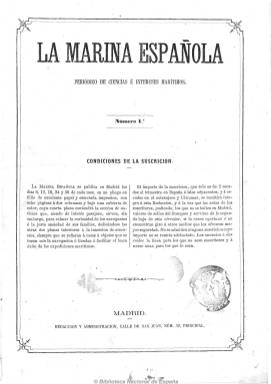
Título: La Marina española
Colección: Navegación
Ámbito geográfico: Madrid
Lugar de publicación: Madrid
Fechas: 06/11/1867-30/12/1868

Subtitulado “periódico de ciencias e intereses marítimos”, es un semanario de doce páginas por número que comienza a publicarse el seis de noviembre de 1867, bajo la dirección del teniente de navío Jesualdo Domínguez y Ruiz-Giménez, siendo editor responsable Ricardo Caballero. Su objetivo es la defensa de las necesidades, aspiraciones e intereses de los integrantes de la Marina de guerra española, pero también de la mercante o comercial, a la vez que da a conocer los adelantos de las ciencias náuticas.

Incluye artículos sobre la historia de la Armada española y sus posibles reformas, pero también otros concernientes al comercio y a la industria marítima, sus puertos, además de otros dedicados a las flotas de países extranjeros, con datos estadísticos sobre las mismas. Tiene una sección de noticias en la que ofrece legislación del Ministerio de Marina, preferentemente sobre el movimiento de su personal, subastas, etc. También publica necrológicas y biografías, y algunos textos de creación literaria, así como avisos de la Dirección de Hidrografía para los navegantes.

Aunque en su primer número expresa que no tendrá carácter político, tras el triunfo de la Gloriosa se mostrará contrario al levantamiento, aunque publicará las proclamas del futuro vicealmirante Juan Bautista Topete, en las que termina con el grito “Viva España con honra”, así como los decretos de reforma de la Armada española. Cesa su publicación el treinta de diciembre de 1868, tras un año de vida, ofreciendo en su último número la nómina de sus colaboradores y sus puestos en la Marina.